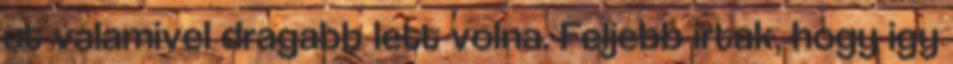
ut valamivel dragabb lett volna. Feljebb irtak, hogy igy